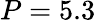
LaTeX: P=5.3